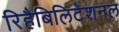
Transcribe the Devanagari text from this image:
रिहैबिलिटेशनल